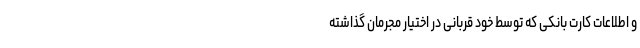
و اطلاعات کارت‌ بانکی که توسط خود قربانی در اختیار مجرمان گذاشته